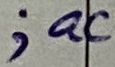
Text: ;ac